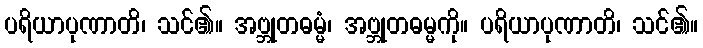
ပရိယာပုဏာတိ၊ သင်၏။ အဗ္ဘုတဓမ္မံ၊ အဗ္ဘုတဓမ္မကို။ ပရိယာပုဏာတိ၊ သင်၏။